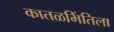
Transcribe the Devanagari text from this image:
कातळभिंतिला